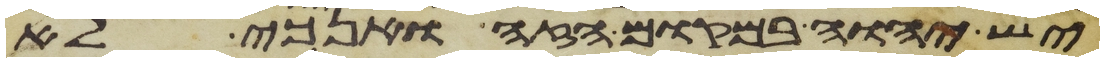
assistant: יש יהוה במקום הזה ואנכי לא